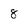
Character: 8